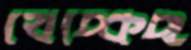
খেঁচ্‌কেছ